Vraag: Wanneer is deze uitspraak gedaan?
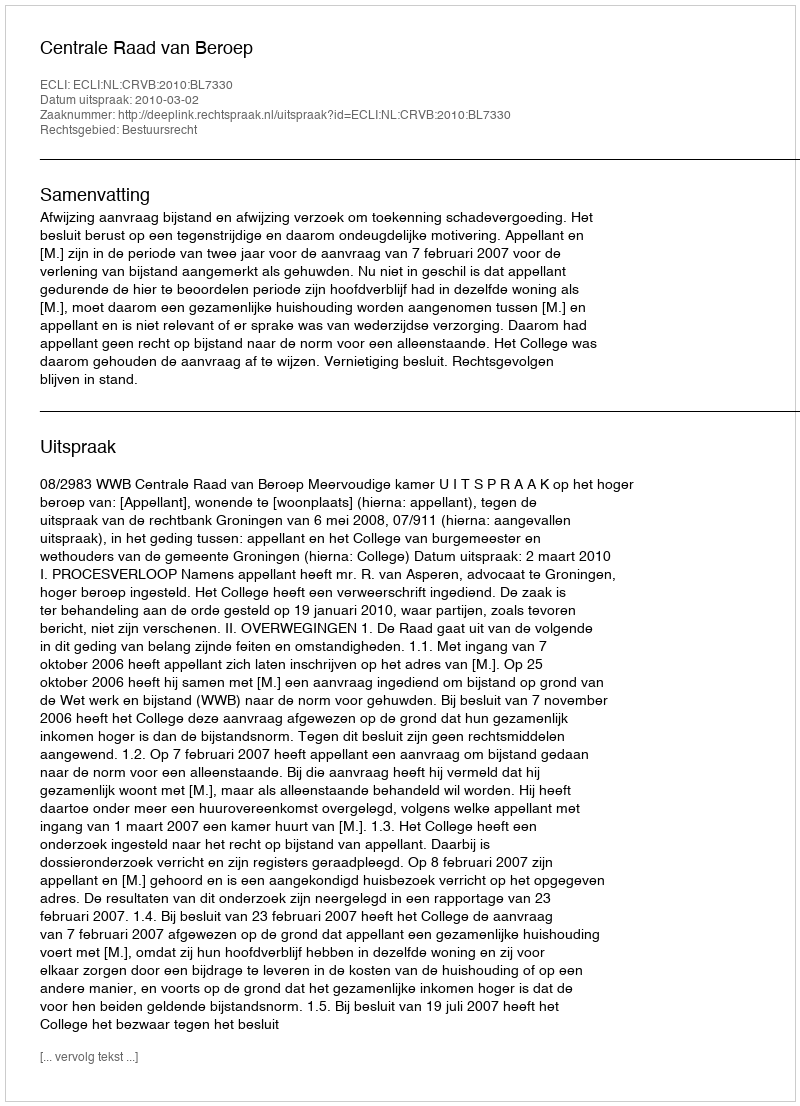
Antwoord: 2010-03-02